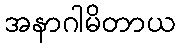
အနာဂါမိတာယ